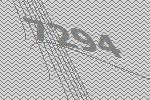
7294